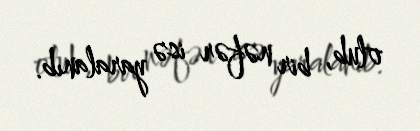
olub, bir nəfər isə yaralanıb.